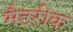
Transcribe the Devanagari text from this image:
मैटरीक